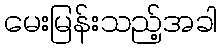
မေးမြန်းသည့်အခါ